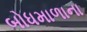
બોધમાળાના